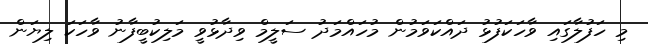
މި ހަފުލާގައި ވާހަކަފުޅު ދައްކަވަމުން މުހައްމަދު ސަލީމް ވިދާޅުވީ މަލިކުބީފާނު ވާހަކަ ލިޔަން